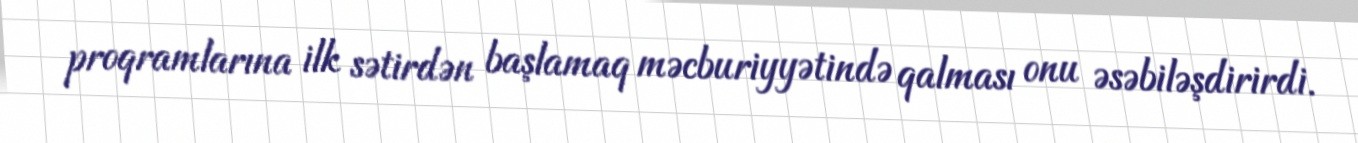
proqramlarına ilk sətirdən başlamaq məcburiyyətində qalması onu əsəbiləşdirirdi.